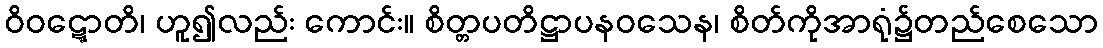
ဝိဝဋ္ဋောတိ၊ ဟူ၍လည်း ကောင်း။ စိတ္တပတိဋ္ဌာပနဝသေန၊ စိတ်ကိုအာရုံ၌တည်စေသော